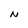
Character: N